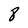
Character: 8